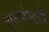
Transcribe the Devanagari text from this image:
जल्संभारों